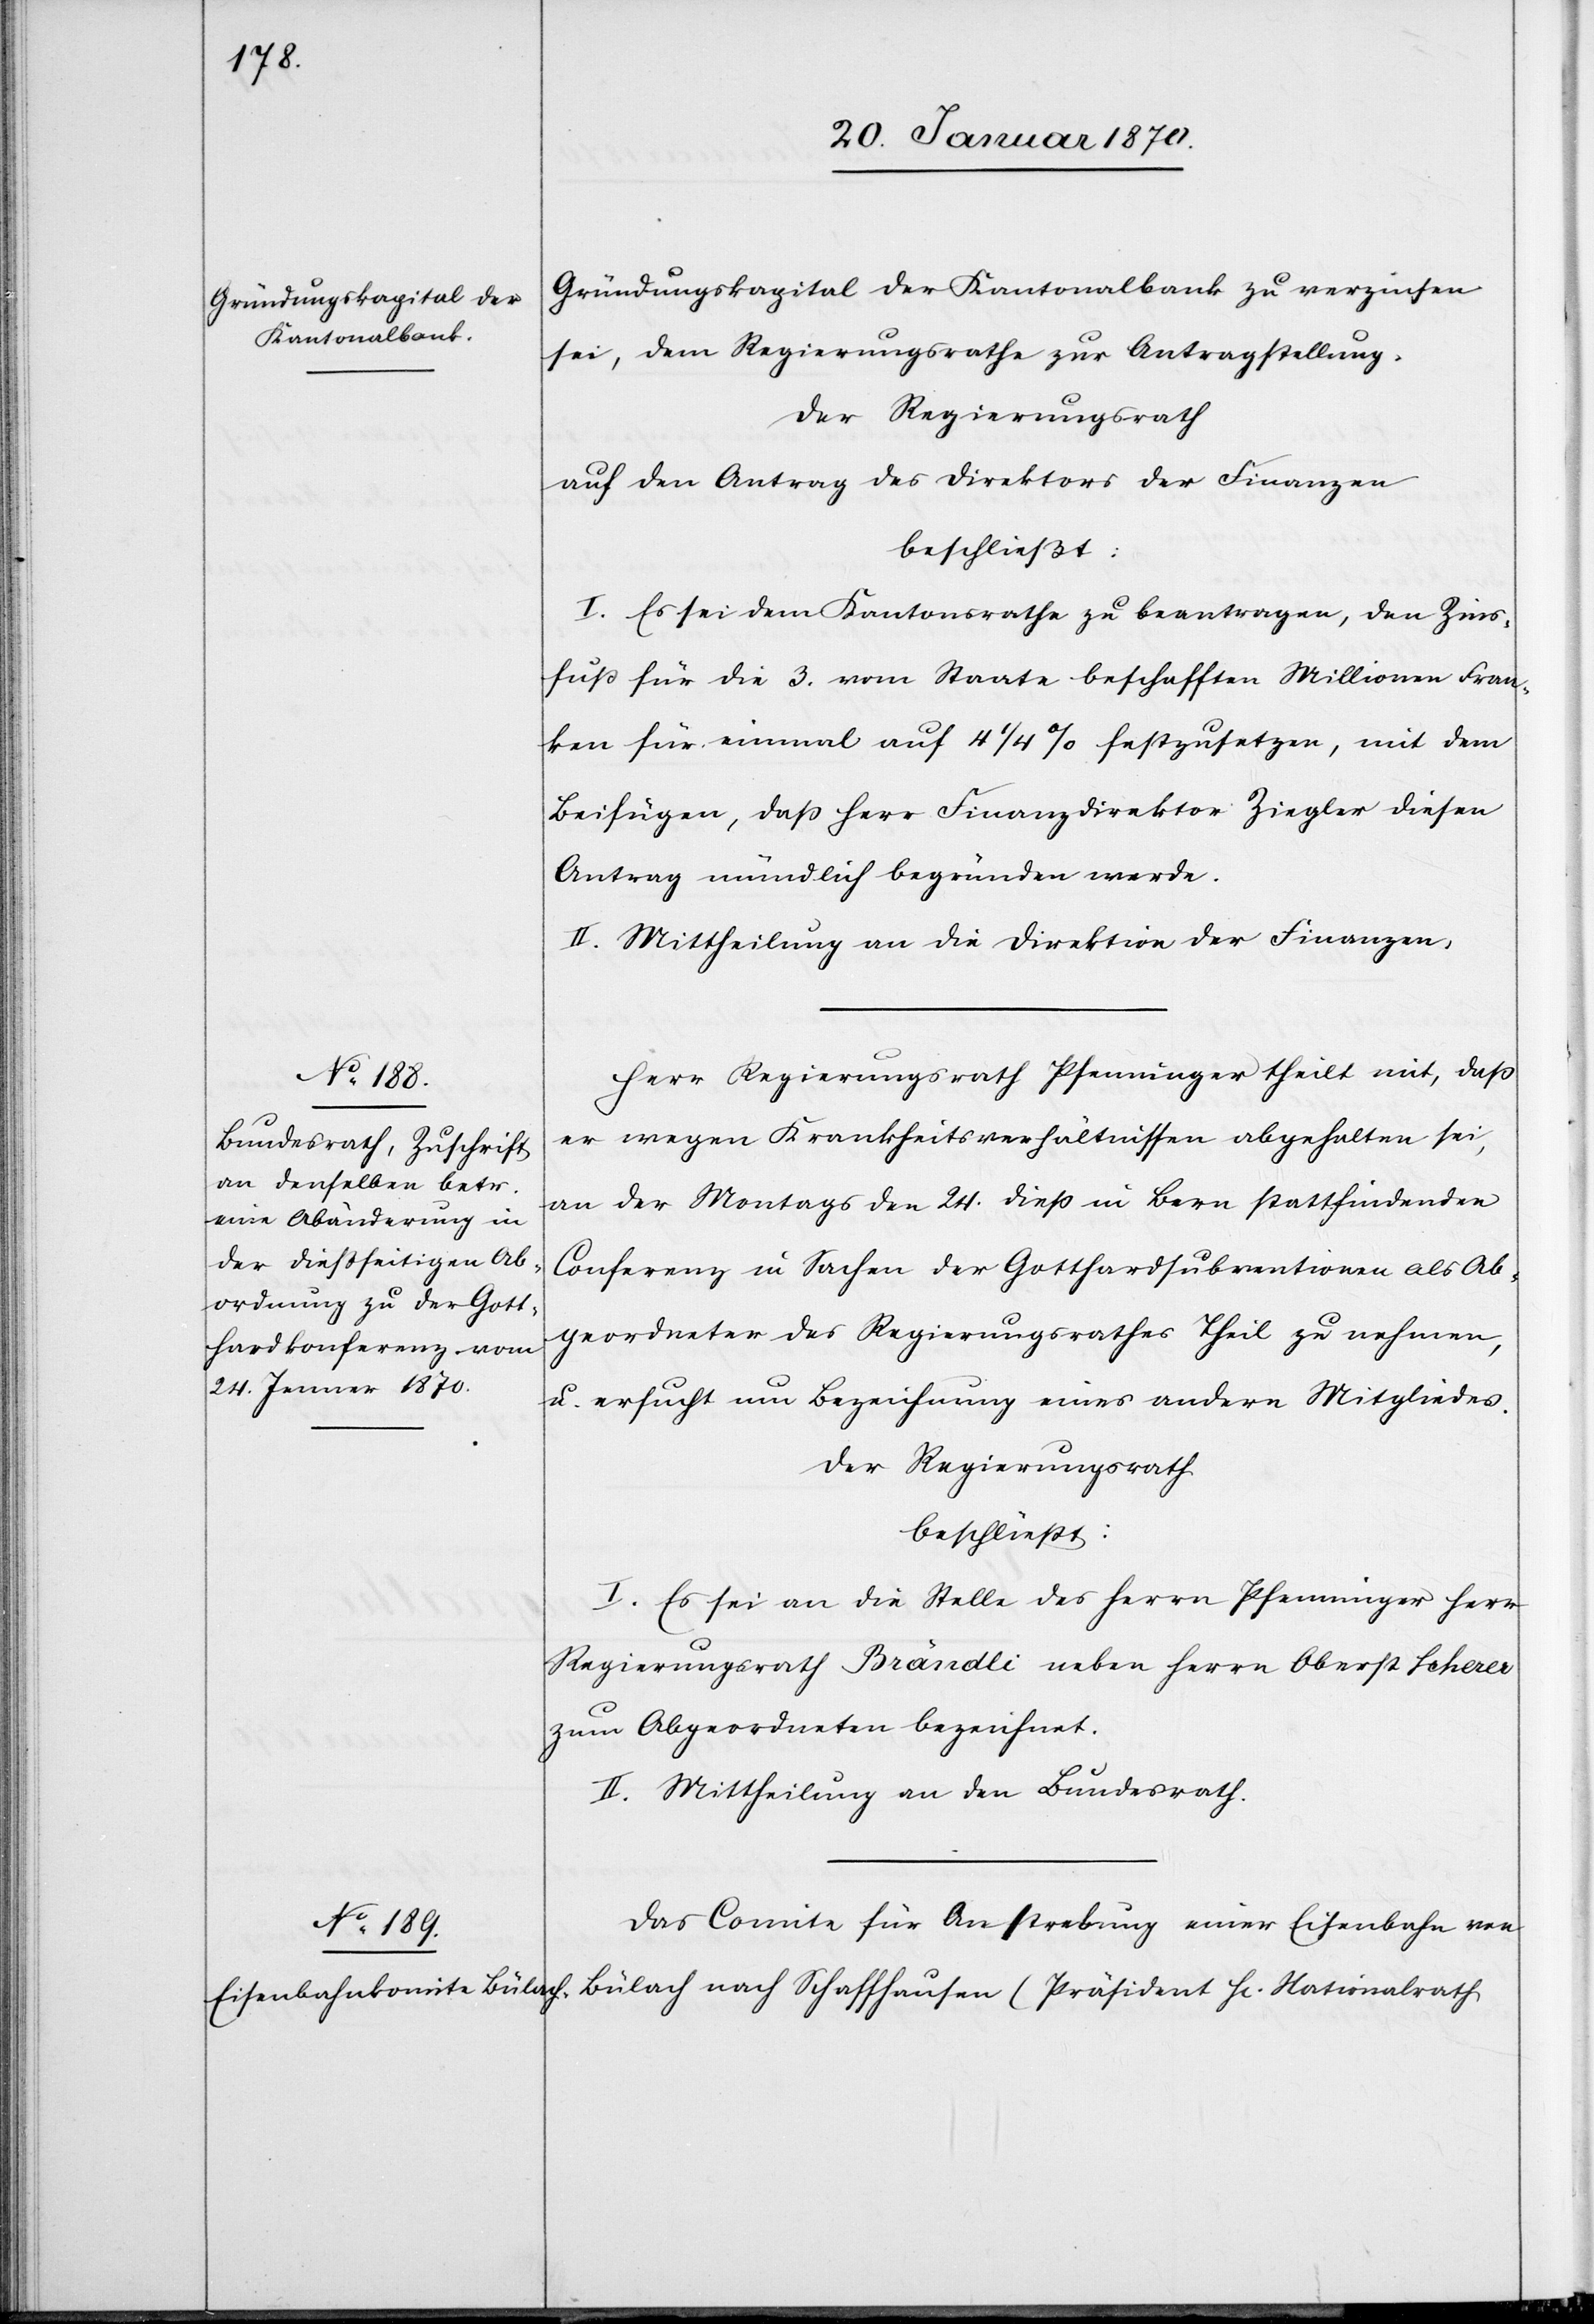
Gründungskapital der Kantonalbank zu verzinsen
sei, dem Regierungsrathe zur Antragsstellung.
Der Regierungsrath
auf den Antrag des Direktors der Finanzen
beschließt:
I. Es sei dem Kantonsrathe zu beantragen, den Zins¬
fuß für die 3. vom Staate beschafften Millionen Fran¬
ken für einmal auf 4 1/4% festzusetzen, mit dem
Beifügen, daß Herr Finanzdirektor Ziegler diesen
Antrag mündlich begründen werde.
II. Mittheilung an die Direktion der Finanzen.
Herr Regierungsrath Pfenninger theilt mit, daß
er wegen Krankheitsverhältnissen abgehalten sei,
an der Montags den 24. Dieß in Bern stattfindenden
Conferenz in Sachen der Gotthardsubventionen als Ab¬
geordneter des Regierungsrathes Theil zu nehmen,
u. ersucht um Bezeichnung eines andern Mitgliedes.
Der Regierungsrath
beschließt:
I. Es sei an die Stelle des Herrn Pfenninger Herr
Regierungsrath Brändli neben Herr Oberst Scherer
zum Abgeordneten bezeichnet.
II. Mittheilung an den Bundesrath.
Das Comite für Anstrebung einer Eisenbahn von